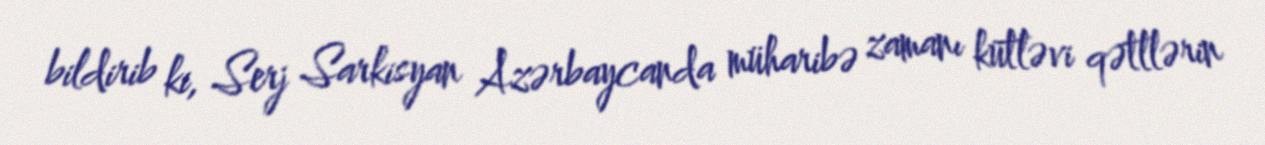
bildirib ki, Serj Sarkisyan Azərbaycanda müharibə zamanı kütləvi qətllərin